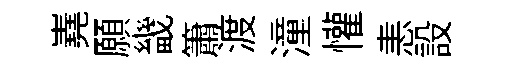
嶤願畿簫渡潼懽恚設